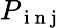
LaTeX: P_{\mathrm{~i~n~j~}}